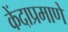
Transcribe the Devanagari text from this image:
केंदाप्रमाणे